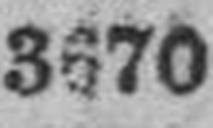
3670